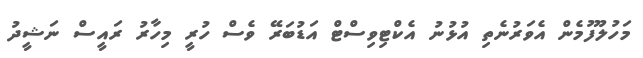
މަހުލޫފުމެން އެވަރުނެތި އުޅުނު އެކްޓިވިސްޓް އަޑުބަރޭ ވެސް ހުރީ މިހާރު ރައީސް ނަޝީދު